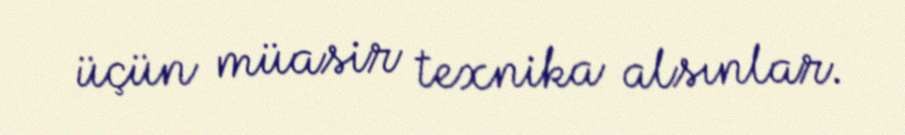
üçün müasir texnika alsınlar.